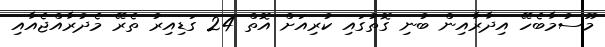
މޫސުމާބެހޭ އިދާރާއިން ބުނި ގޮތުގައި ކުރިއަށް އޮތް 24 ގަޑިއިރު ތެރޭ މެދުރާއްޖެއާއި